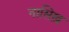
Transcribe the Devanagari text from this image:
नासिख़